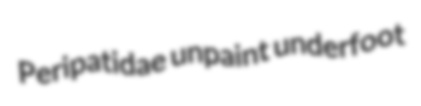
Peripatidae unpaint underfoot